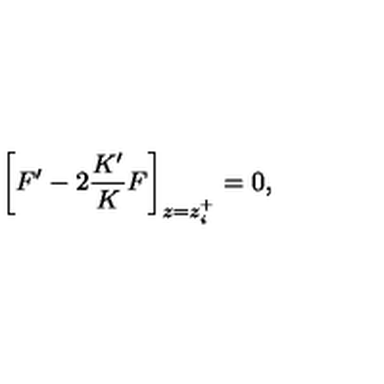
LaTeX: \bigg [ F ^ { \prime } - 2 \frac { K ^ { \prime } } { K } F \bigg ] _ { z = z _ { i } ^ { + } } = 0 ,